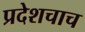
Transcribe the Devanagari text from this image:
प्रदेशचाच